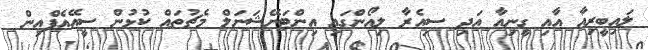
ލައިބީރިއާ އާއި ގީނިއާ އަދި ސިއެރާ ލިއޯންގައި އިންޓަނޭޝަނަލް މެޗުތައް ކުޅުން ސީއޭއެފްއިން